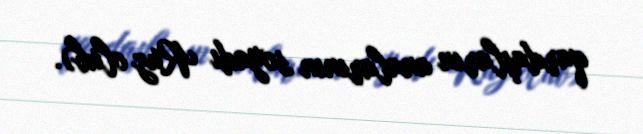
qardaşların analarının soyadı Ruz olub).